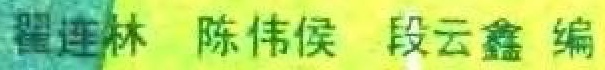
翟连林 陈伟侯 段云鑫 编